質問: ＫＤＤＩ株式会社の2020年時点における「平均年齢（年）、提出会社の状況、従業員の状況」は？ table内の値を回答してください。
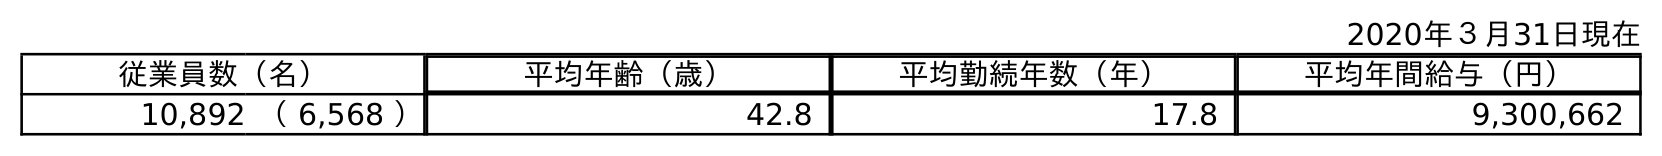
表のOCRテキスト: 2020年３月31日現在 従業員数（名） 平均年齢（歳） 平均勤続年数（年） 平均年間給与（円） 10,892 （ 6,568 ） 42.8 17.8 9,300,662
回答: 42.8